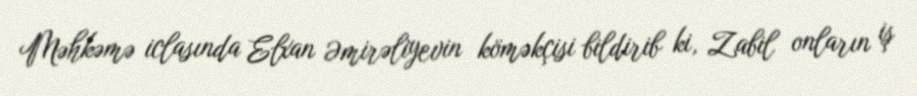
Məhkəmə iclasında Elxan Əmirəliyevin köməkçisi bildirib ki, Zabil onların iş